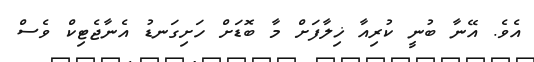
އެވެ. އޭނާ ބުނީ ކުރިއާ ޚިލާފަށް މާ ބޮޑަށް ހަށިގަނޑު އެނާޖެޓިކް ވެސް